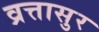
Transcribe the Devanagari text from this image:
व्रत्तासुर